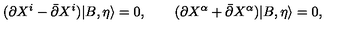
( \partial X ^ { i } - \bar { \partial } X ^ { i } ) | B , \eta \rangle = 0 , \qquad ( \partial X ^ { \alpha } + \bar { \partial } X ^ { \alpha } ) | B , \eta \rangle = 0 ,